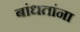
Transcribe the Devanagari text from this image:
बांधतांना